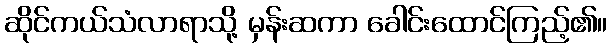
ဆိုင်ကယ်သံလာရာသို့ မှန်းဆကာ ခေါင်းထောင်ကြည့်၏။